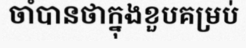
ចាំបានថាក្នុងខួបគម្រប់